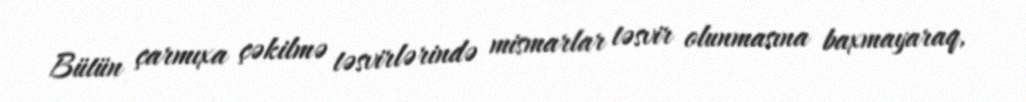
Bütün çarmıxa çəkilmə təsvirlərində mismarlar təsvir olunmasına baxmayaraq,